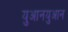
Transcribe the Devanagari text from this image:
युआनयुआन